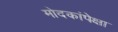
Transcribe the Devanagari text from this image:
मोदकांपेक्षा